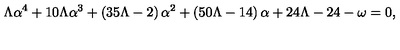
\Lambda \alpha ^ { 4 } + 1 0 \Lambda \alpha ^ { 3 } + \left( 3 5 \Lambda - 2 \right) \alpha ^ { 2 } + \left( 5 0 \Lambda - 1 4 \right) \alpha + 2 4 \Lambda - 2 4 - \omega = 0 ,